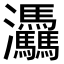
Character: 𤆀